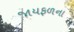
જાયફળના